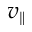
v _ { \parallel }